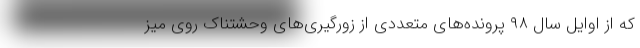
که از اوایل سال ۹۸ پرونده‌های متعددی از زورگیری‌های وحشتناک روی میز